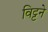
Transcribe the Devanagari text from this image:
विट्टने